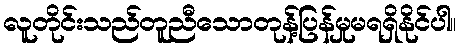
လူတိုင်းသည်တူညီသောတုန့်ပြန်မှုမရရှိနိုင်ပါ။